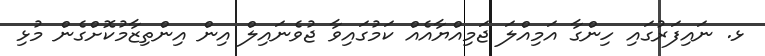
ޅ. ނައިފަރުގައި ހިންގާ އަމިއްލަ ޖަމިއްޔާއެއް ކަމުގައިވާ ޖުވެނައިލް އިން އިންތިޒާމުކޮށްގެން މުޅި